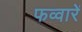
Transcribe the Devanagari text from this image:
फव्वारें